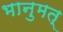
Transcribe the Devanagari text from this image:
भानुमत्